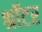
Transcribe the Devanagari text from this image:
श्रॉटर